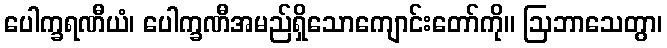
ပေါက္ခရဏီယံ၊ ပေါက္ခဏီအမည်ရှိသောကျောင်းတော်ကို။ ဩဘာသေတွာ၊